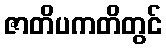
ဇာတိပကတိတွင်